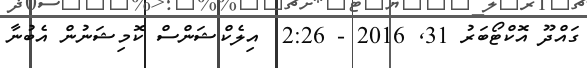
ގައްދޫ އޮކްޓޯބަރު 31